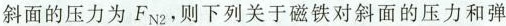
斜面的压力为F_{N2}，则下列关于磁铁对斜面的压力和弹